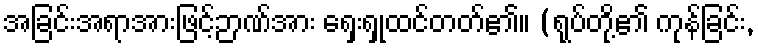
အခြင်းအရာအားဖြင့်ဉာဏ်အား ရှေးရှုထင်တတ်၏။ (ရုပ်တို့၏ ကုန်ခြင်း,